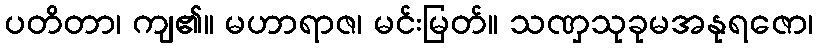
ပတိတာ၊ ကျ၏။ မဟာရာဇ၊ မင်းမြတ်။ သဏှသုခုမအနုရဇော၊